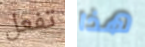
تفعل هذا